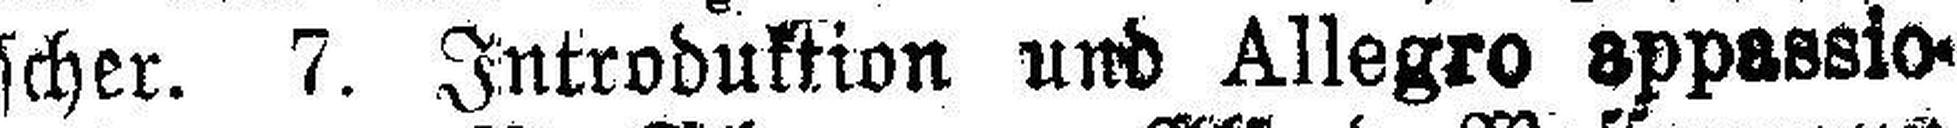
scher. 7. Introduktion und Allegro appasio¬